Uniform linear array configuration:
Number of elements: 32
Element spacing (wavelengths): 0.75
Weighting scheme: binomial
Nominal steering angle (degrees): -45
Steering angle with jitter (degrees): -44.642
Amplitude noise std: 0.05
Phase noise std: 0.05

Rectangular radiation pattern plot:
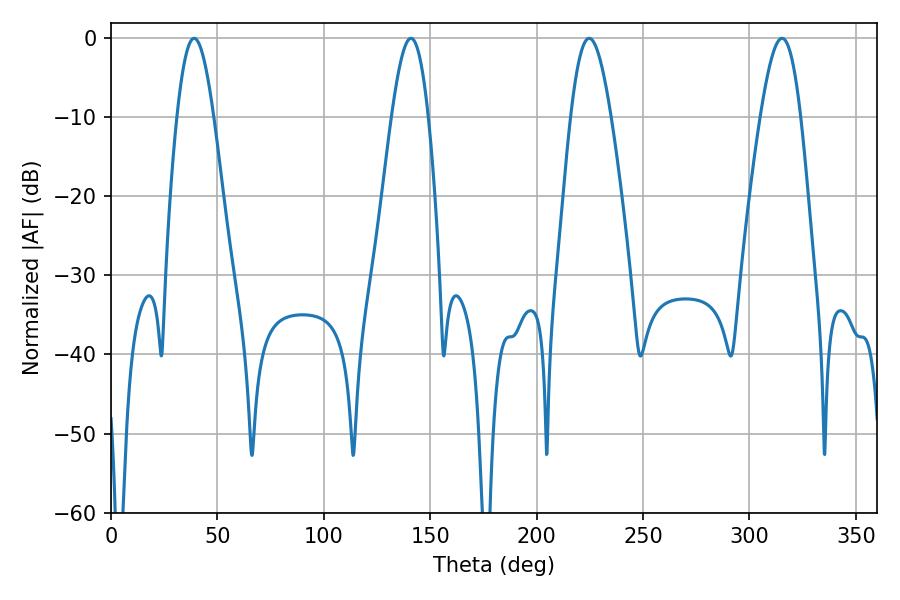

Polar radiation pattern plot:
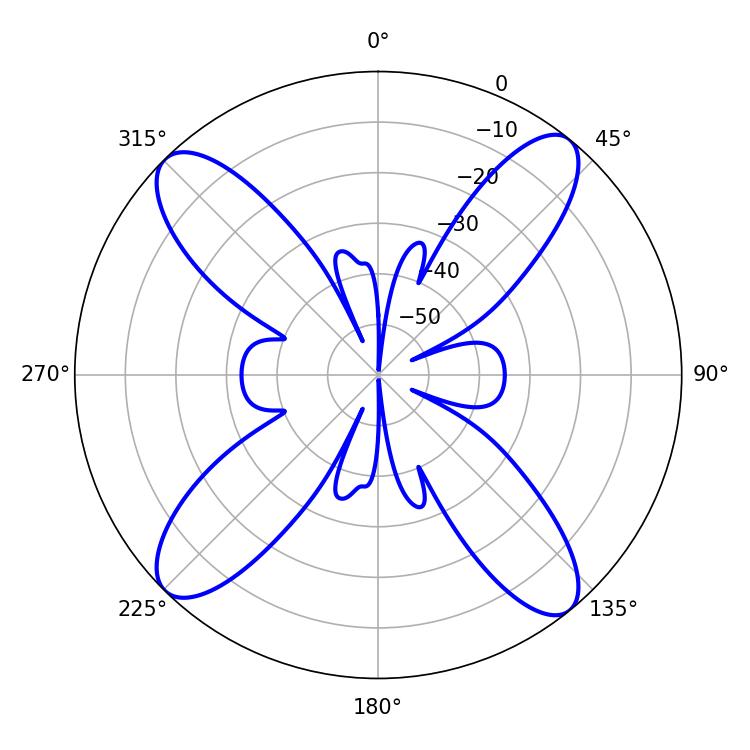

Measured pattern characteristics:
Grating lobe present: TRUE
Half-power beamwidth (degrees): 9.36
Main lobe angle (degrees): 39.06